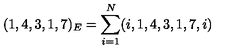
( 1 , 4 , 3 , 1 , 7 ) _ { E } = \sum _ { i = 1 } ^ { N } ( i , 1 , 4 , 3 , 1 , 7 , i )